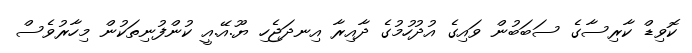
ކޮވިޑް ކާރިސާގެ ސަބަބުން ވައިގެ އުދުހުމުގެ ދާއިރާ އިނދަޖެހި ޔޫ.އޭ.އީ ކުންފުނިތަކުން މިހާރުވެސް